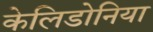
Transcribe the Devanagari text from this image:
केलिडोनिया